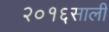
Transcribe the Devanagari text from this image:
२०१६साली